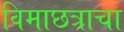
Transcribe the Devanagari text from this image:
विमाछत्राचा